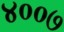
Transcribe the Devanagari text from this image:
४००७